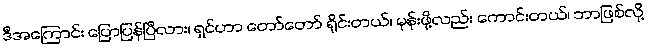
ဒီအကြောင်း ပြောပြန်ပြီလား၊ ရှင်ဟာ တော်တော် ရိုင်းတယ်၊ မုန်းဖို့လည်း ကောင်းတယ်၊ ဘာဖြစ်လို့